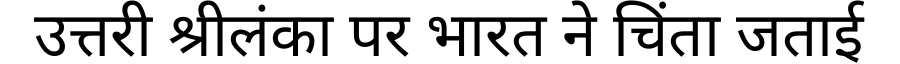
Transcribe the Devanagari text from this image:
उत्तरी श्रीलंका पर भारत ने चिंता जताई